Problem: 25 + 14 = ?
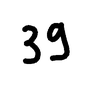
Handwritten answer: 39